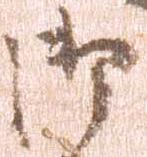
御